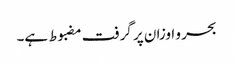
بحر و اوزان پر گرفت مضبوط ہے۔